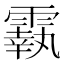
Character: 𩅀